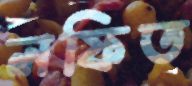
লফিত